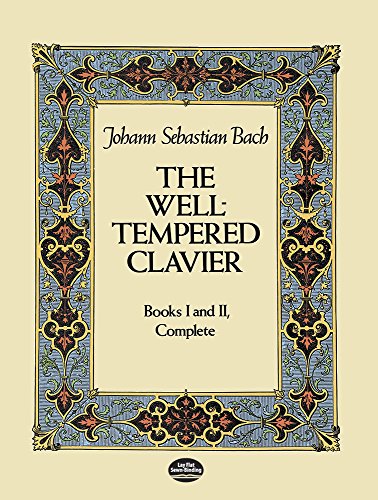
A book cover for The Well-Tempered Clavier: Books I and II, Complete (Dover Music for Piano); Johann Sebastian Bach; Humor & Entertainment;